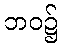
ဘဝ၌